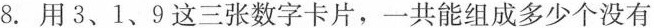
8.用3、1、9这三张数字卡片，一共能组成多少个没有